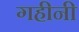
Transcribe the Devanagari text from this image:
गहीनी